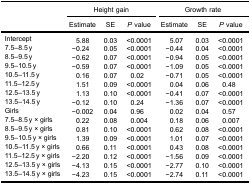
<table><thead><tr><td rowspan="3"><b> </b></td><td colspan="3"><b>Height gain</b></td><td colspan="3"><b>Growth rate</b></td></tr><tr><td><b>Estimate</b></td><td><b>SE</b></td><td><b><i>P</i> value</b></td><td><b>Estimate</b></td><td><b>SE</b></td><td><b><i>P</i> value</b></td></tr></thead><tbody><tr><td>Intercept</td><td>5.88</td><td>0.03</td><td>&lt;0.0001</td><td>5.07</td><td>0.03</td><td>&lt;0.0001</td></tr><tr><td>7.5–8.5 y</td><td>−0.24</td><td>0.05</td><td>&lt;0.0001</td><td>−0.44</td><td>0.04</td><td>&lt;0.0001</td></tr><tr><td>8.5–9.5 y</td><td>−0.62</td><td>0.07</td><td>&lt;0.0001</td><td>−0.94</td><td>0.05</td><td>&lt;0.0001</td></tr><tr><td>9.5–10.5 y</td><td>−0.59</td><td>0.07</td><td>&lt;0.0001</td><td>−1.09</td><td>0.05</td><td>&lt;0.0001</td></tr><tr><td>10.5–11.5 y</td><td>0.16</td><td>0.07</td><td>0.02</td><td>−0.71</td><td>0.05</td><td>&lt;0.0001</td></tr><tr><td>11.5–12.5 y</td><td>1.51</td><td>0.09</td><td>&lt;0.0001</td><td>0.04</td><td>0.06</td><td>0.48</td></tr><tr><td>12.5–13.5 y</td><td>1.13</td><td>0.10</td><td>&lt;0.0001</td><td>−0.41</td><td>0.07</td><td>&lt;0.0001</td></tr><tr><td>13.5–14.5 y</td><td>−0.12</td><td>0.10</td><td>0.24</td><td>−1.36</td><td>0.07</td><td>&lt;0.0001</td></tr><tr><td>Girls</td><td>−0.002</td><td>0.04</td><td>0.96</td><td>0.02</td><td>0.04</td><td>0.57</td></tr><tr><td>7.5–8.5 y × girls</td><td>0.22</td><td>0.08</td><td>0.004</td><td>0.18</td><td>0.06</td><td>0.007</td></tr><tr><td>8.5–9.5 y × girls</td><td>0.81</td><td>0.10</td><td>&lt;0.0001</td><td>0.62</td><td>0.08</td><td>&lt;0.0001</td></tr><tr><td>9.5–10.5 y × girls</td><td>1.39</td><td>0.09</td><td>&lt;0.0001</td><td>1.01</td><td>0.07</td><td>&lt;0.0001</td></tr><tr><td>10.5–11.5 y × girls</td><td>0.66</td><td>0.11</td><td>&lt;0.0001</td><td>0.43</td><td>0.08</td><td>&lt;0.0001</td></tr><tr><td>11.5–12.5 y × girls</td><td>−2.20</td><td>0.12</td><td>&lt;0.0001</td><td>−1.56</td><td>0.09</td><td>&lt;0.0001</td></tr><tr><td>12.5–13.5 y × girls</td><td>−4.13</td><td>0.15</td><td>&lt;0.0001</td><td>−2.77</td><td>0.10</td><td>&lt;0.0001</td></tr><tr><td>13.5–14.5 y × girls</td><td>−4.23</td><td>0.15</td><td>&lt;0.0001</td><td>−2.74</td><td>0.11</td><td>&lt;0.0001</td></tr></tbody></table>